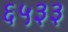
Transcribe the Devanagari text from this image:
६५३३